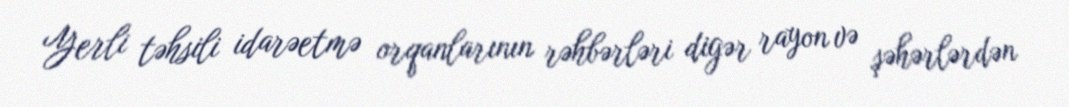
Yerli təhsili idarəetmə orqanlarının rəhbərləri digər rayon və şəhərlərdən